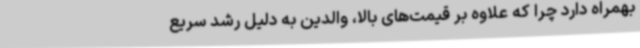
بهمراه دارد چرا که علاوه بر قیمت‌های بالا، والدین به دلیل رشد سریع